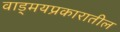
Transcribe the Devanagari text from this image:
वाड्मयप्रकारातील